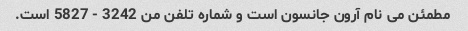
مطمئن می نام آرون جانسون است و شماره تلفن من 3242 - 5827 است.